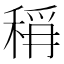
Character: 𮃎